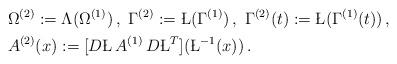
LaTeX: \begin{align*}& \Omega^{(2)}:=\Lambda(\Omega^{(1)})\,,\ \Gamma^{(2)}:=\L (\Gamma^{(1)})\,, \ \Gamma^{(2)}(t):=\L (\Gamma^{(1)}(t))\,,\\& A^{(2)}(x):= [D\L \, A^{(1)}\, D\L^T] (\L^{-1}(x))\,.\end{align*}